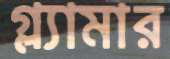
গ্ল্যামার